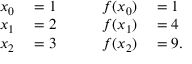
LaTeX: \begin{array} { r l r l r l } { x _ { 0 } } & { { } = 1 } & { } & { { } } & { f ( x _ { 0 } ) } & { { } = 1 } \\ { x _ { 1 } } & { { } = 2 } & { } & { { } } & { f ( x _ { 1 } ) } & { { } = 4 } \\ { x _ { 2 } } & { { } = 3 } & { } & { { } } & { f ( x _ { 2 } ) } & { { } = 9 . } \end{array}